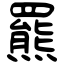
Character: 羆